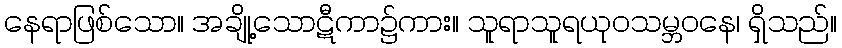
နေရာဖြစ်သော။ အချို့သောဋီကာ၌ကား။ သူရာသူရယုဝသမ္ဘဝနေ၊ ရှိသည်။